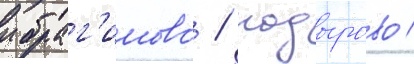
ибраг'имово / надырово /